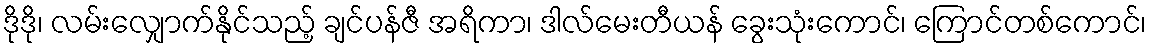
ဒိုဒို၊ လမ်းလျှောက်နိုင်သည့် ချင်ပန်ဇီ အရိကာ၊ ဒါလ်မေးတီယန် ခွေးသုံးကောင်၊ ကြောင်တစ်ကောင်၊